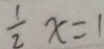
\frac { 1 } { 2 } x = 1